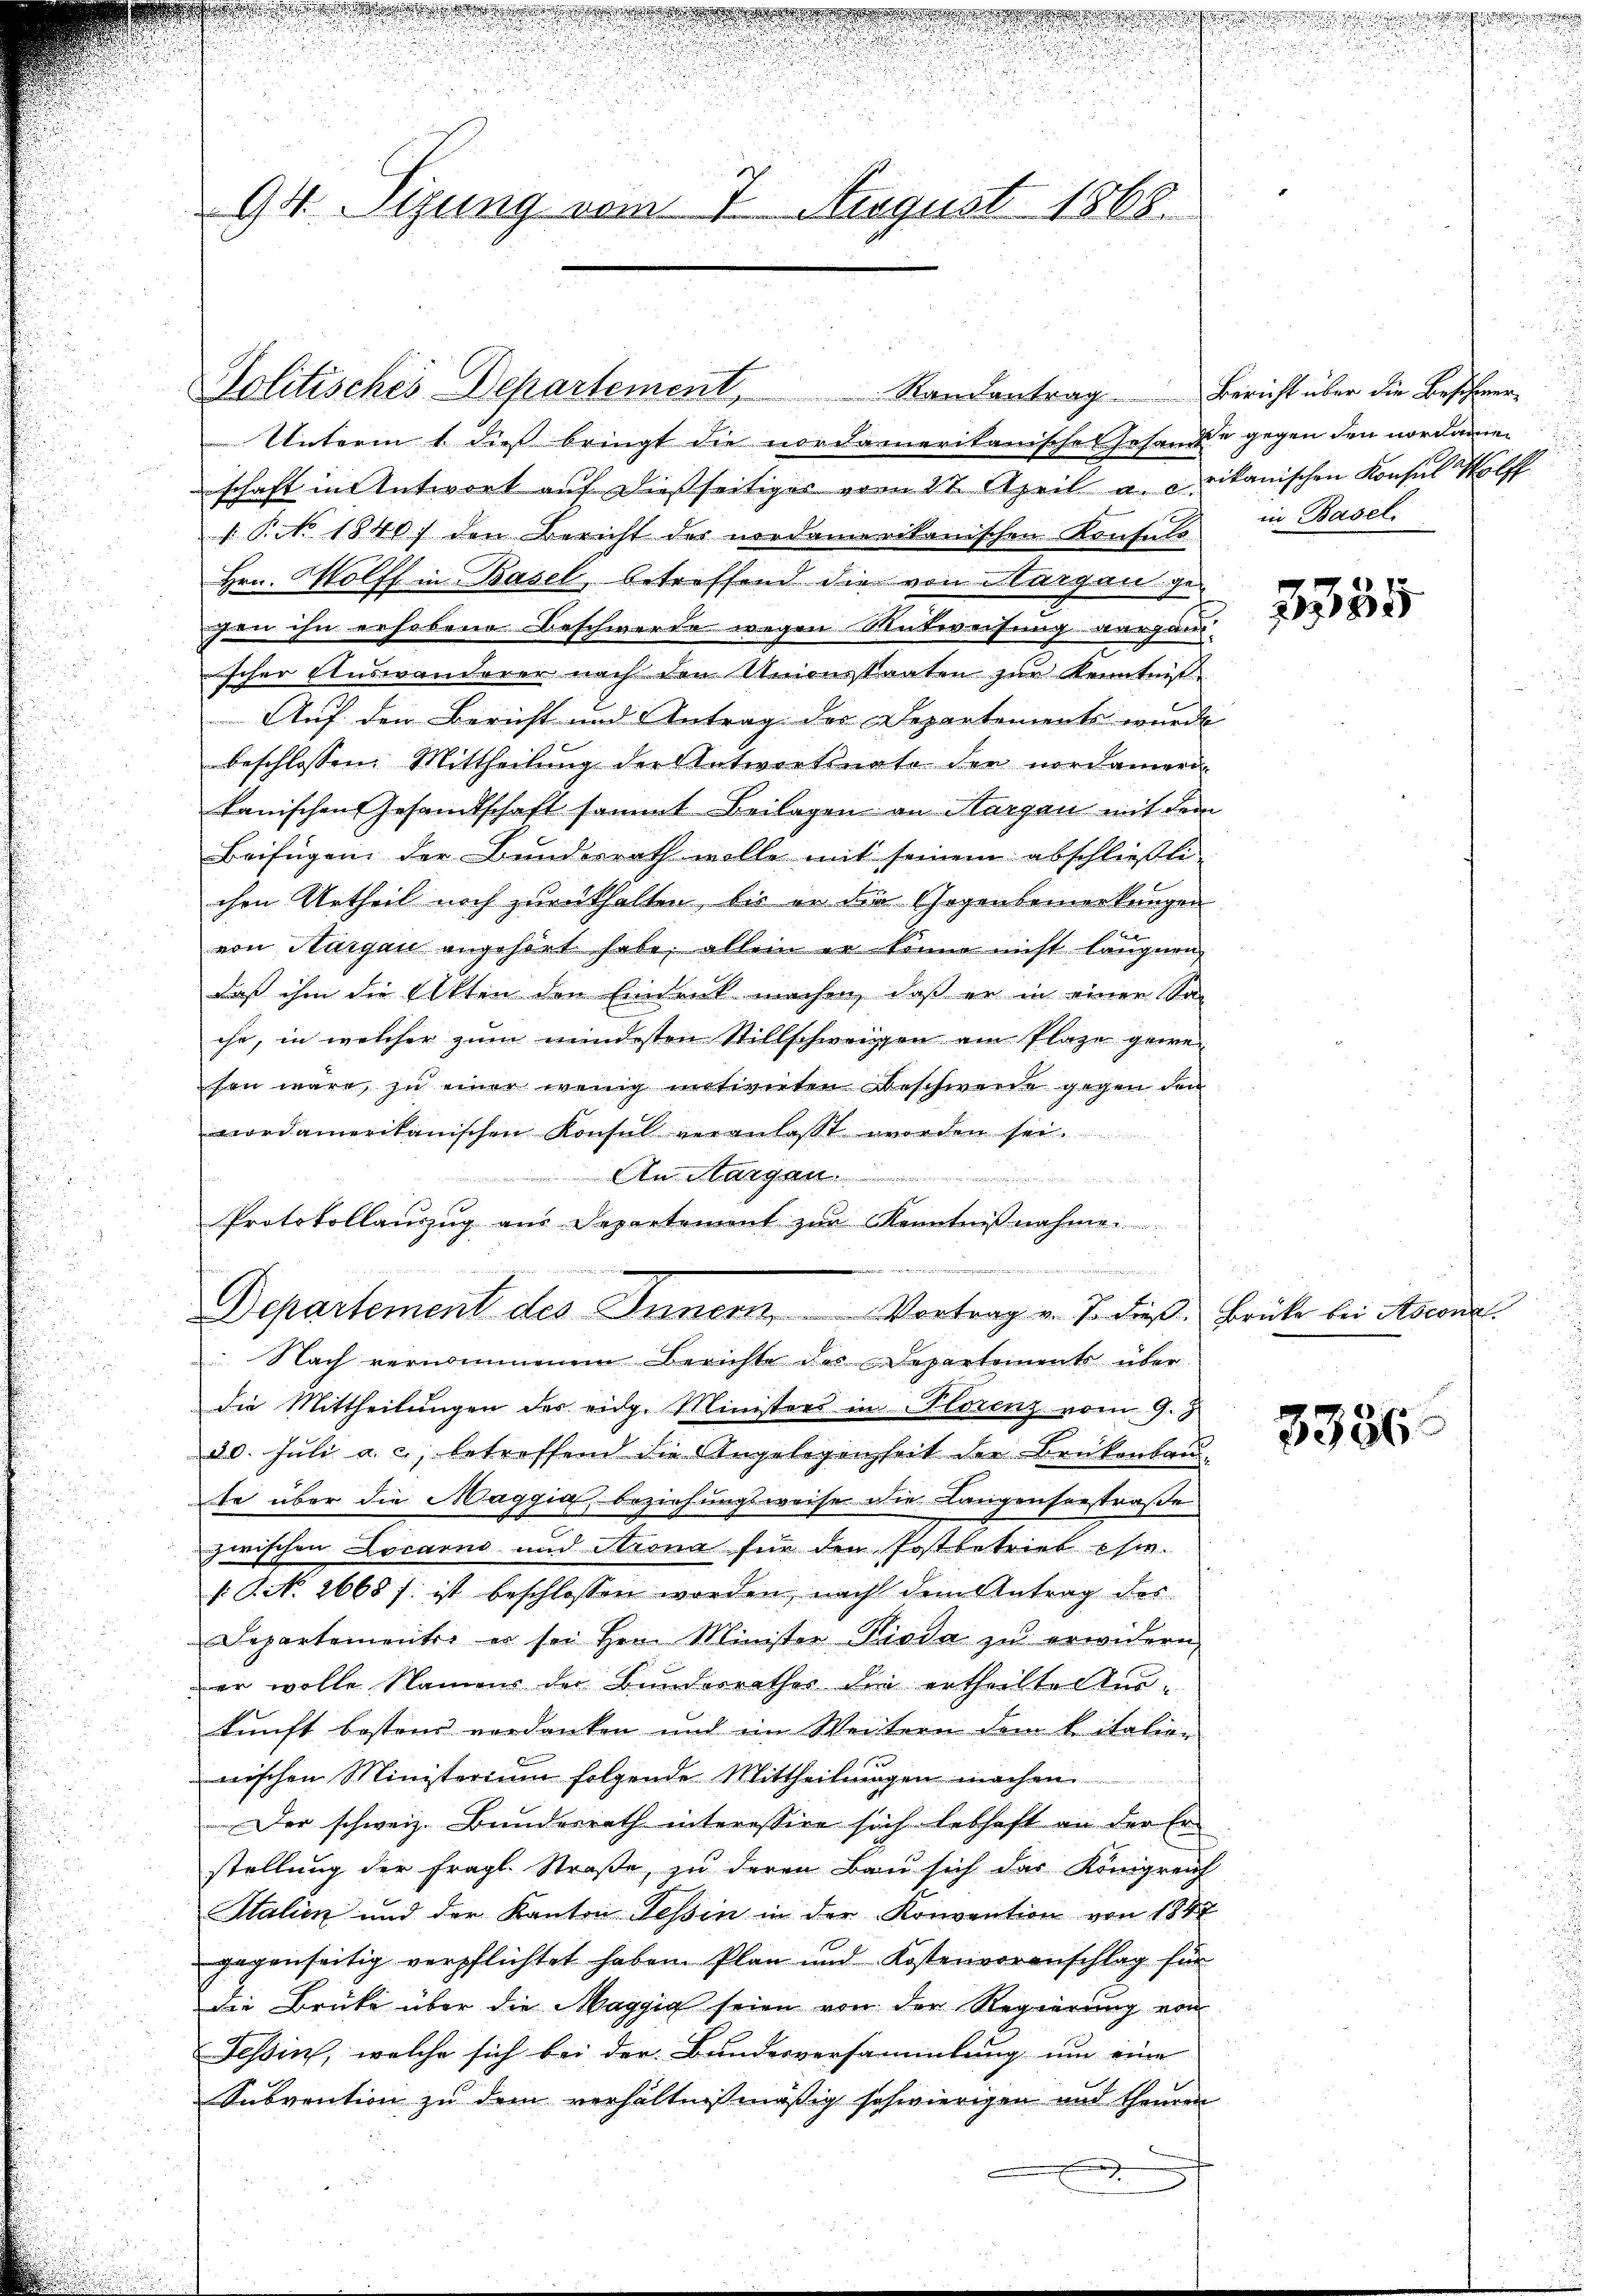
.
94. Sizung vom 7. August 1868.

Protokollauszug aus Separtement zŭr Kenntnißnahmen.
u
Departement des Innern, Vortrag v. J. dieß. Brüke bei Ascend

Unterm 1 dies bringt die nordameritanische Gesande gegen den nordamen
schaft in Antwort auf dießseitiger vom 17. April a. crikanischen Konsul Wolff
V. P. No. 1840 den Bericht der nordamerikanischen Konsuls in Basel
Hrn. Wolff in Basel betreffend die von Hargau gegon ihn erhobene Beschwerde wegen Antweisung vergang
scher Auswanderer nach den Unionskanten zur Kenntni
Auf den Bericht und Antrag des Departements wurde
beschlossen: Mittheilung der Antwortsnate der nordamer
kanischen Gesandtschaft sammt Beilagen an Margau mit dem
Beifügen der Bundesrath wolle mit seinem abschließli
chen Urtheil noch zurückhalten, bis er die Gegenbemerkungen
von Aargau angehört habe, allein er könne nicht läugnen
daß ihm die Akten den Eindruck machen, daß er in einer Sac
che, in welcher zum mindesten Stillschweigen ein Plaze gewesen wäre, zu einer wenig mitivieten Beschwerde gegen den
vordamerikanischen Konsul veranlasst worden sei.
An Mangen..........
 f 0 x

Nach vernommenem Berichte des Departements über
die Mittheilungen der eidg. Ministers in Florenz vom 9. J
20. Juli a. c. betreffend die Angelegenheit der Brükenbau-
te über die Maggia beziehungsweise die Langenseestraße
zwischen Locarno und Arona für den Postbetrieb sie
: P. No. 2668 f. ist beschlossen worden, nach dem Antrag des
Departemente er sei Hrn. Minister Pioda zŭ erwidern,
der wolle Namens der Bundesrathes die ertheilte tu-
kunft bestens verdanken und im Weitern dem Citation
wischen Ministerium folgende Mittheilungen machen
Der schweiz. Bundesrath interessire sich lebhaft an der Erstellung der fragl. Straße, zu deren Bau sich das Königreif
Stalien und der Kanton Tessin in der Konvention von 184
gegenseitig verpflichtet haben. Plan und Kostenvoranschlag für
die Brüke über die Maggia seien von der Regierung von
Tessin, welche sich bei der Bundesversammlung um eine
Subvention zu dem verhältnißmäßig schwierigen und theuren
d

2335

3336